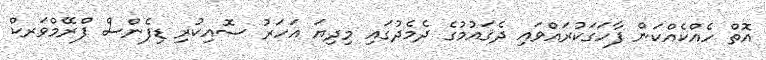
އޮތް ހެއްކެއްކަން ފާހަގަކުރައްވައި ދެޤައުމުގެ ދެމެދުގައި މިދިޔަ އަހަރު ސޮއިކުރި ޑިފެންސް ފްރޭމްވަރކް